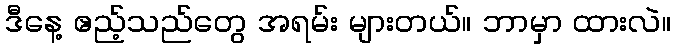
ဒီနေ့ ဧည့်သည်တွေ အရမ်း များတယ်။ ဘာမှာ ထားလဲ။